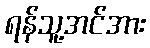
ရန်သူ့အင်အား